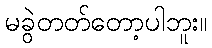
မခွဲတတ်တော့ပါဘူး။